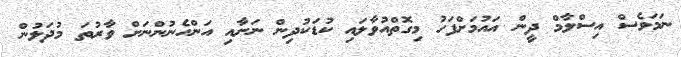
ނަމަވެސް އިސްލާމް ދީން އައުމަށްފަހު މިގޮތްއުވާލައި ކުޑަކުދިން ނަށާއި އަންހެނުންނަށް ވާރުތަ މުދަލުން